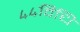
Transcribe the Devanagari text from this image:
४४विधि